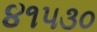
૪૧૫૩૦